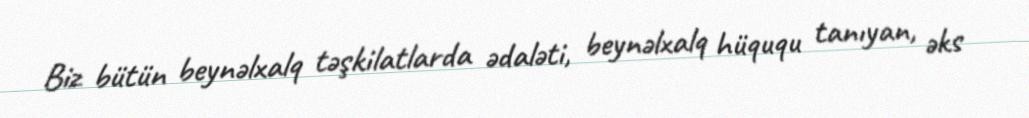
Biz bütün beynəlxalq təşkilatlarda ədaləti, beynəlxalq hüququ tanıyan, əks